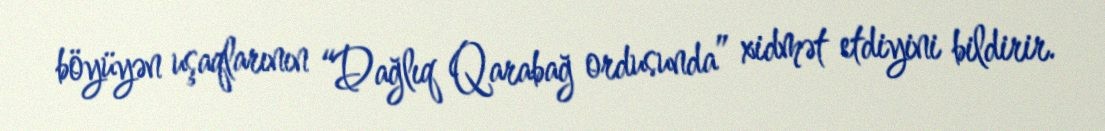
böyüyən uşaqlarının “Dağlıq Qarabağ ordusunda” xidmət etdiyini bildirir.